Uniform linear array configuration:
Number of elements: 4
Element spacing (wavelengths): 0.75
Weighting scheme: kaiser
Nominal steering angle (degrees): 60
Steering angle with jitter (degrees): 59.805
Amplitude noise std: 0.05
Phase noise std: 0.05

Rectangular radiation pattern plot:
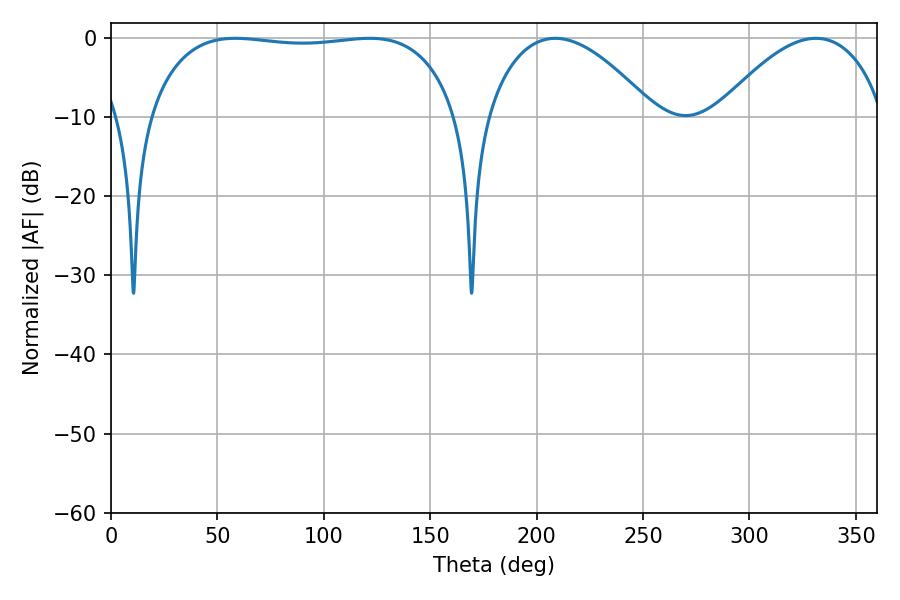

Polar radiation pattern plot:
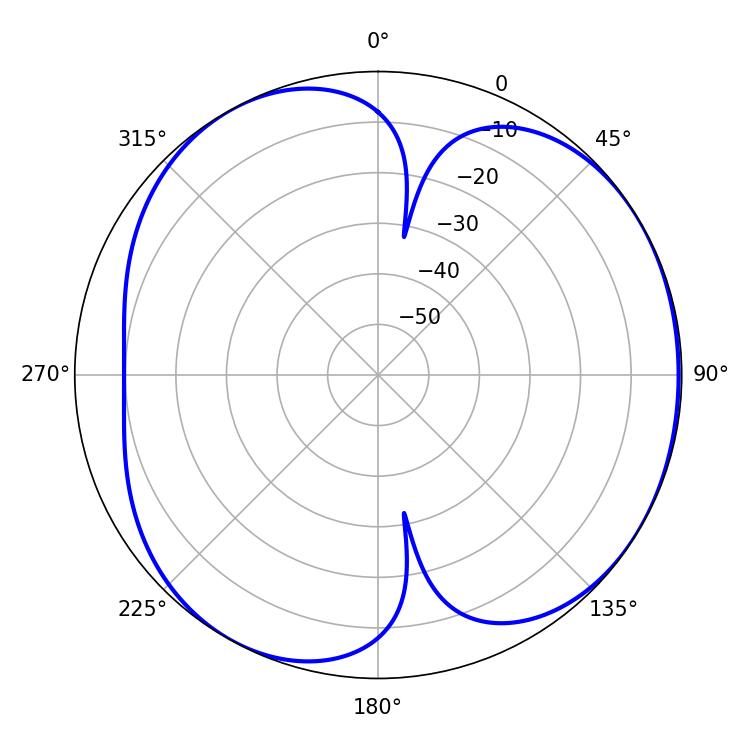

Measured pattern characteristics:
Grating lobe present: TRUE
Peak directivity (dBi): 4.594
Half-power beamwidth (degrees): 115.56
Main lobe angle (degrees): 58.5